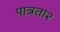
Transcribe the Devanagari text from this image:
पात्रता२